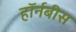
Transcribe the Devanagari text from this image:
हॉर्नबीस